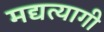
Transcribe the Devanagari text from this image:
मद्यत्यागी